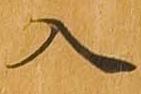
入